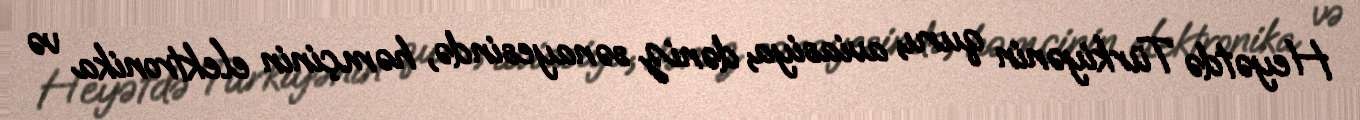
Heyətdə Türkiyənin quru, aviasiya, dəniz sənayesində, həmçinin elektronika və